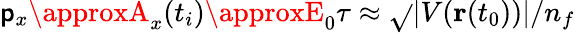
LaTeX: \mathsf{p}_{x}\approxA_{x}(t_{i})\approxE_{0}\tau\approx\sqrt{}{{|V(\mathbf{{r}}(t_{0}))|/n_{f}}}